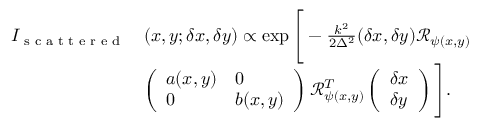
\begin{array} { r l } { I _ { \textrm { s c a t t e r e d } } } & { ( x , y ; \delta x , \delta y ) \propto \exp \Bigg [ - \frac { k ^ { 2 } } { 2 \Delta ^ { 2 } } ( \delta x , \delta y ) \mathcal { R } _ { \psi ( x , y ) } } \\ & { \left( \begin{array} { l l } { a ( x , y ) } & { 0 } \\ { 0 } & { b ( x , y ) } \end{array} \right) \mathcal { R } _ { \psi ( x , y ) } ^ { T } \left( \begin{array} { l } { \delta x } \\ { \delta y } \end{array} \right) \Bigg ] . \quad } \end{array}